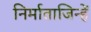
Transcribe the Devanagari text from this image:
निर्माताजिन्हें